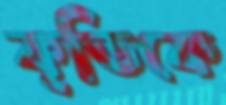
কৃতিকে